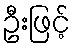
ဦးဖြင့်